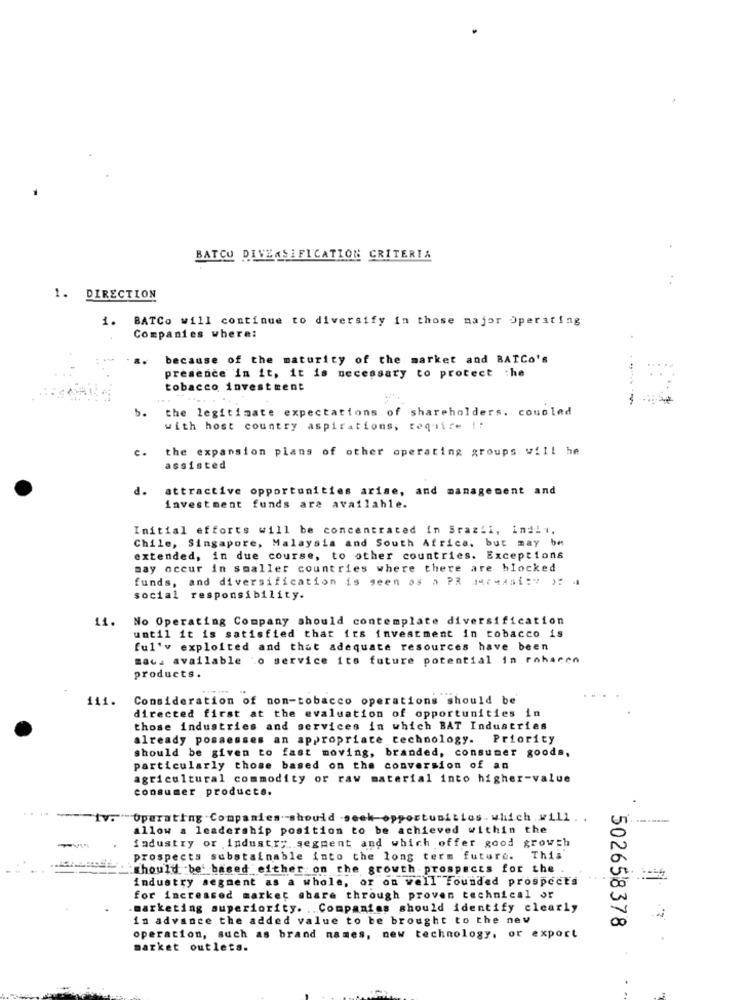
BATCO DIVERSIFICATION CRITERIA
1. DIRECTION
1.
BATCo will continue to diversify in those major Operating
Companies where:
..
because of the maturity of the market and BATCo's
presence in it, it is necessary to protect the
tobacco investment
5.
the legitimate expectations of shareholders. coupled
with host country aspirations, require !!
c.
the expansion plans of other operating groups will he
assisted
d.
attractive opportunities arise, and management and
investment funds are available.
Initial efforts will be concentrated in Brazil, indii,
Chile, Singapore, Malaysia and South Africa, but may be
extended, in due course, to other countries. Exceptions
may occur in smaller countries where there are blocked
funds, and diversification is seen as a PR arsi:" ) 4
social responsibility.
11.
No Operating Company should contemplate diversification
until it is satisfied that its investment in tobacco is
ful'v exploited and that adequate resources have been
maus available .o service its future potential in rohacen
products.
111.
Consideration of non-tobacco operations should be
directed first at the evaluation of opportunities in
those industries and services in which BAT Industries
already possesses an appropriate technology. Priority
should be given to fast moving, branded, consumer goods,
particularly those based on the conversion of an
agricultural commodity or raw material into higher-value
consumer products.
.Operating Companies should -seek opportunities- which will ..
allow a leadership position to be achieved within the
fadustry or industry. segment and which offer good growth
prospects substainable into the long term future. This
should be' based either on the growth. prospects for the
industry segment as a whole, or on well founded prospects
for increased market share through proven technical or
-marketing superiority. .. Companies should identify clearly
in advance the added value to be brought to the new
502658378
operation, such as brand names, new technology, or export
market outlets.